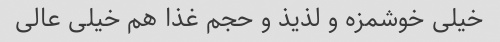
خیلی خوشمزه و لذیذ و حجم غذا هم خیلی عالی